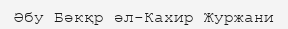
Әбу Бәкқр әл-Кахир Журжани